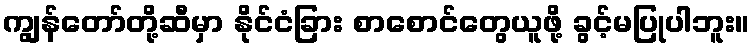
ကျွန်တော်တို့ဆီမှာ နိုင်ငံခြား စာစောင်တွေယူဖို့ ခွင့်မပြုပါဘူး။